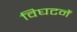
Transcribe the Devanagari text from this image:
विघटनें